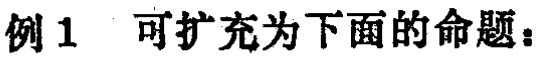
例1 可扩充为下面的命题：